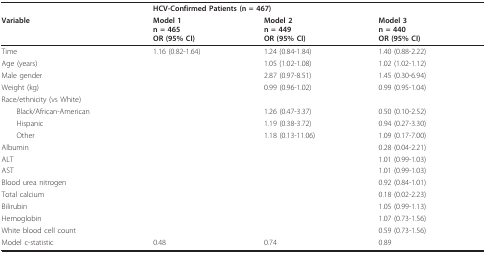
<table><thead><tr><td></td><td colspan="3"><b>HCV-Confirmed Patients (n = 467)</b></td></tr><tr><td><b>Variable</b></td><td><b>Model 1n = 465OR (95% CI)</b></td><td><b>Model 2n = 449OR (95% CI)</b></td><td><b>Model 3n = 440OR (95% CI)</b></td></tr></thead><tbody><tr><td>Time</td><td>1.16 (0.82-1.64)</td><td>1.24 (0.84-1.84)</td><td>1.40 (0.88-2.22)</td></tr><tr><td>Age (years)</td><td></td><td>1.05 (1.02-1.08)</td><td>1.02 (1.02-1.12)</td></tr><tr><td>Male gender</td><td></td><td>2.87 (0.97-8.51)</td><td>1.45 (0.30-6.94)</td></tr><tr><td>Weight (kg)</td><td></td><td>0.99 (0.96-1.02)</td><td>0.99 (0.95-1.04)</td></tr><tr><td>Race/ethnicity (vs White)</td><td></td><td></td><td></td></tr><tr><td> Black/African-American</td><td></td><td>1.26 (0.47-3.37)</td><td>0.50 (0.10-2.52)</td></tr><tr><td> Hispanic</td><td></td><td>1.19 (0.38-3.72)</td><td>0.94 (0.27-3.30)</td></tr><tr><td> Other</td><td></td><td>1.18 (0.13-11.06)</td><td>1.09 (0.17-7.00)</td></tr><tr><td>Albumin</td><td></td><td></td><td>0.28 (0.04-2.21)</td></tr><tr><td>ALT</td><td></td><td></td><td>1.01 (0.99-1.03)</td></tr><tr><td>AST</td><td></td><td></td><td>1.01 (0.99-1.03)</td></tr><tr><td>Blood urea nitrogen</td><td></td><td></td><td>0.92 (0.84-1.01)</td></tr><tr><td>Total calcium</td><td></td><td></td><td>0.18 (0.02-2.23)</td></tr><tr><td>Bilirubin</td><td></td><td></td><td>1.05 (0.99-1.13)</td></tr><tr><td>Hemoglobin</td><td></td><td></td><td>1.07 (0.73-1.56)</td></tr><tr><td>White blood cell count</td><td></td><td></td><td>0.59 (0.73-1.56)</td></tr><tr><td>Model c-statistic</td><td>0.48</td><td>0.74</td><td>0.89</td></tr></tbody></table>